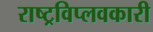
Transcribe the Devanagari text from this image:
राष्ट्रविप्लवकारी